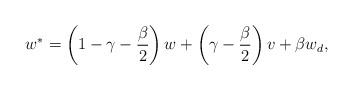
\begin{align*}w^*=\left(1-\gamma-\frac{\beta}{2}\right)w+\left(\gamma-\frac{\beta}{2}\right)v+\beta w_d,\end{align*}